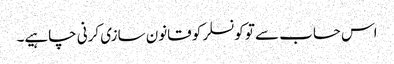
اس حساب سے تو کونسلر کو قانون سازی کرنی چاہیے۔